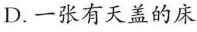
D. 一张有天盖的床